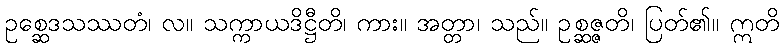
ဥစ္ဆေဒသဿတံ၊ လ။ သက္ကာယဒိဋ္ဌီတိ၊ ကား။ အတ္တာ၊ သည်။ ဥစ္ဆဇ္ဇတိ၊ ပြတ်၏။ ဣတိ